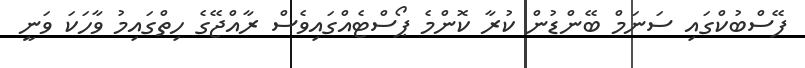
ފޭސްބުކްގައި ސަނަމް ބޭންޑުން ކުރާ ކޮންމެ ޕޯސްޓެއްގައިވެސް ރާއްޖޭގެ ހިތްގައިމު ވާހަކަ ވަނީ